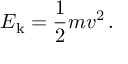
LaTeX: E _ { \mathrm { k } } = { \frac { 1 } { 2 } } m v ^ { 2 } \, .